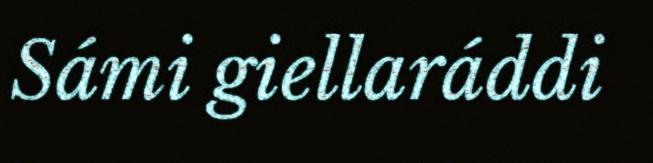
Sámi giellaráddi